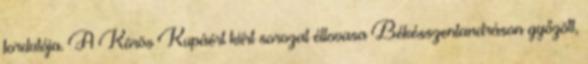
fordulója. A Körös Kupáért kiírt sorozat éllovasa Békésszentandráson győzött,